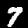
Digit: 7